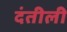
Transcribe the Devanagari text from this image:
दंतीली